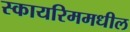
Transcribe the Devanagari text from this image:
स्कायरिममधील